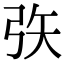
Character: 矤